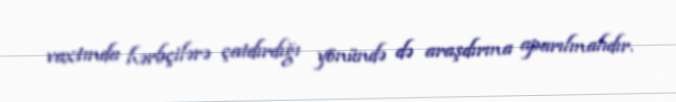
vaxtında hərbçilərə çatdırdığı yönündə də araşdırma aparılmalıdır.